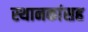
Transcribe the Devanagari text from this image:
स्थानकांसह